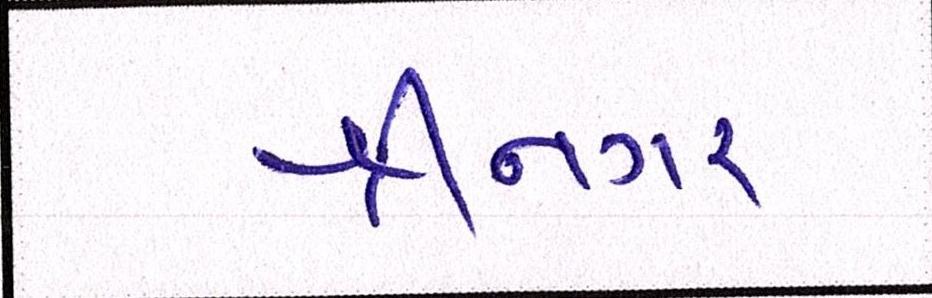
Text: શ્રીનગર